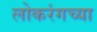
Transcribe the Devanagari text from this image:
लोकरंगच्या